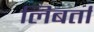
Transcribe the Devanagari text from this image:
लिबर्ता